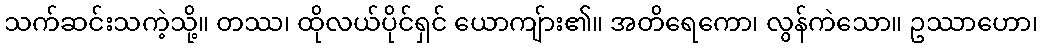
သက်ဆင်းသကဲ့သို့။ တဿ၊ ထိုလယ်ပိုင်ရှင် ယောကျ်ား၏။ အတိရေကော၊ လွန်ကဲသော။ ဥဿာဟော၊